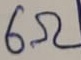
Text: 6Ω